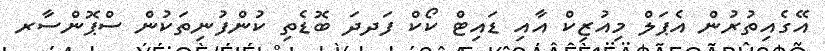
އޭގެއިތުރުން އެޕަލް މިއުޒިކް އާއި ޑައިޓް ކޯކް ފަދދަ ބޮޑެތި ކުންފުނިތަކުން ސްޕޮންސާރ